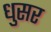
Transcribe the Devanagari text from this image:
धुसर